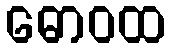
ဓောဝထ